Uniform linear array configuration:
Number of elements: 16
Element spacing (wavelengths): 1
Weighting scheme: exponential
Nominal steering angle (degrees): -15
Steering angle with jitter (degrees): -15.248
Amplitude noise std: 0.05
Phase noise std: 0.05

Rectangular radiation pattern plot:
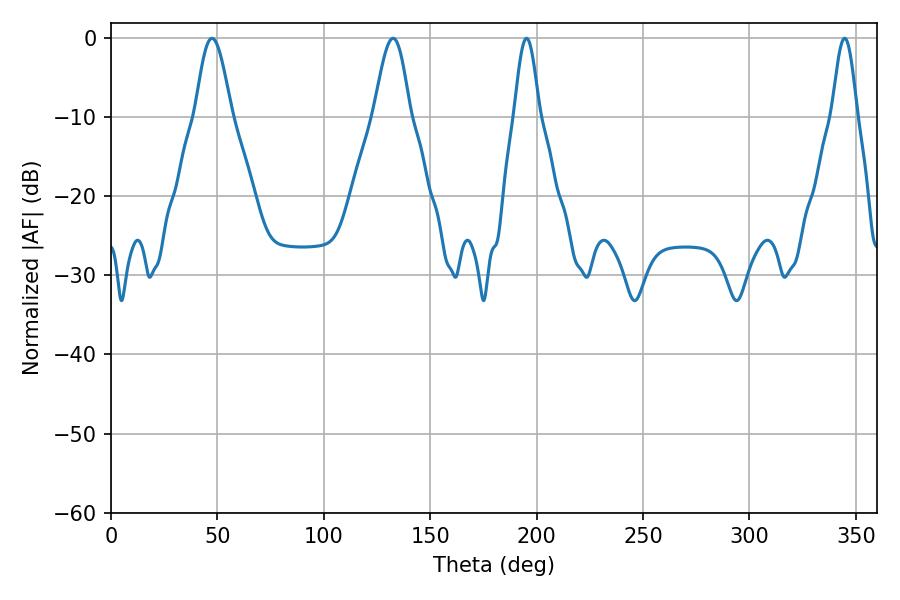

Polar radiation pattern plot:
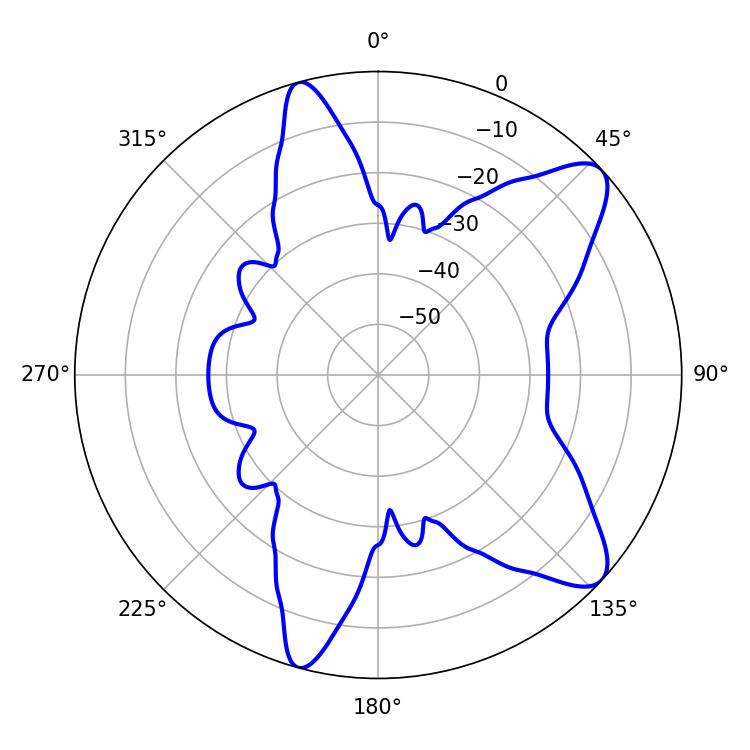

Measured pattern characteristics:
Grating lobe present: TRUE
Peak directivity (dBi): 9.834
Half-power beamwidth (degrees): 6.12
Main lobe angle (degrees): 195.3